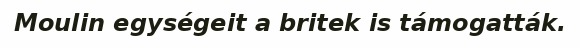
Moulin egységeit a britek is támogatták.